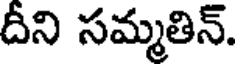
దీని సమ్మతిన్.